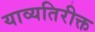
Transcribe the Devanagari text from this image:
याव्यतिरीक्त